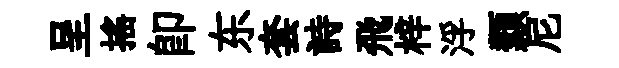
呈摇即东套詩飛梓浮纇尼